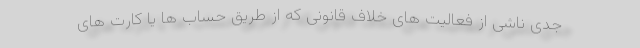
جدی ناشی از فعالیت های خلاف قانونی که از طریق حساب ها یا کارت های